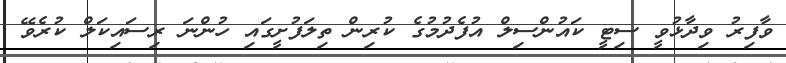
ވާފިރު ވިދާޅުވީ ސިޓީ ކައުންސިލް އުފެދުމުގެ ކުރިން ތިލަފުށީގައި ހުންނަ ރިސައިކަލް ކުރެވޭ